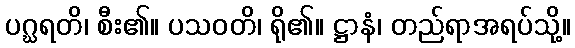
ပဂ္ဃရတိ၊ စီး၏။ ပသဝတိ၊ ရို၏။ ဋ္ဌာနံ၊ တည်ရာအရပ်သို့။